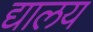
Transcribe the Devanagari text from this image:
द्यालय